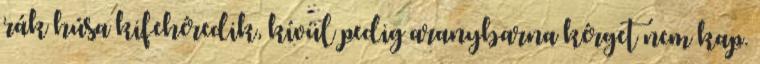
rák húsa kifehéredik, kívül pedig aranybarna kérget nem kap.